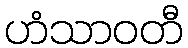
ဟံသာဝတီ